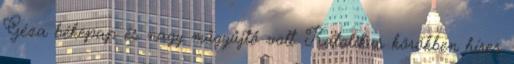
Géza békepap és nagy műgyűjtő volt. Katolikus körökben híres